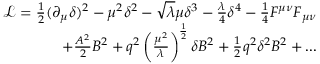
\begin{array} { r } { \mathcal { L } = \frac { 1 } { 2 } ( \partial _ { \mu } \delta ) ^ { 2 } - \mu ^ { 2 } \delta ^ { 2 } - \sqrt { \lambda } \mu \delta ^ { 3 } - \frac { \lambda } { 4 } \delta ^ { 4 } - \frac { 1 } { 4 } F ^ { \mu \nu } F _ { \mu \nu } } \\ { + \frac { A ^ { 2 } } { 2 } B ^ { 2 } + q ^ { 2 } \left( \frac { \mu ^ { 2 } } { \lambda } \right) ^ { \frac { 1 } { 2 } } \delta B ^ { 2 } + \frac { 1 } { 2 } q ^ { 2 } \delta ^ { 2 } B ^ { 2 } + . . . } \end{array}